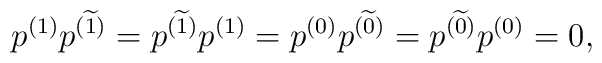
p^{(1)}p^{(\widetilde{1})}=p^{(\widetilde{1})}p^{(1)}=p^{(0)}p^{(\widetilde{0})}=p^{(\widetilde{0})}p^{(0)}=0 ,